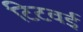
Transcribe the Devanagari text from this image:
टिटवई